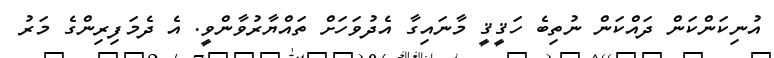
އުނިކަންކަން ދައްކަން ނުތިބެ ހަޤީޤީ މާނައިގާ އެދުވަހަށް ތައްޔާރުވާންވީ. އެ ދެމަފިރިންގެ މަރު